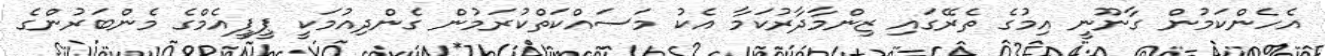
އެހެންކަމުން ގާނޫނީ އިމުގެ ތެރޭގައި ޒިންމާދާރުކަމާ އެކު މަސައްކަތްކުރަމުން ގެންދިއުމަކީ ޕީޕީއެމްގެ މެންބަރުންގެ